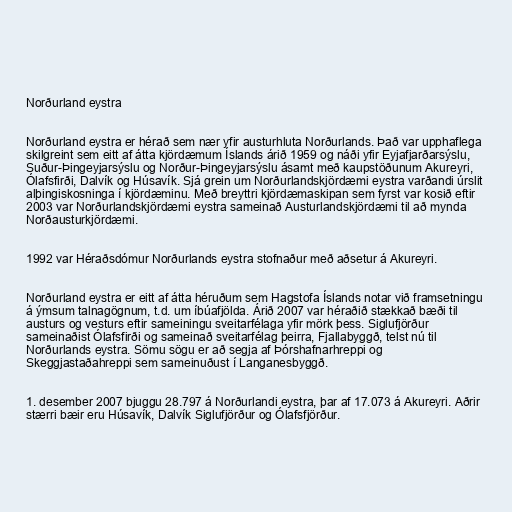
Norðurland eystra

Norðurland eystra er hérað sem nær yfir austurhluta Norðurlands. Það var upphaflega
skilgreint sem eitt af átta kjördæmum Íslands árið 1959 og náði yfir Eyjafjarðarsýslu,
Suður-Þingeyjarsýslu og Norður-Þingeyjarsýslu ásamt með kaupstöðunum Akureyri,
Ólafsfirði, Dalvík og Húsavík. Sjá grein um Norðurlandskjördæmi eystra varðandi úrslit
alþingiskosninga í kjördæminu. Með breyttri kjördæmaskipan sem fyrst var kosið eftir
2003 var Norðurlandskjördæmi eystra sameinað Austurlandskjördæmi til að mynda
Norðausturkjördæmi.

1992 var Héraðsdómur Norðurlands eystra stofnaður með aðsetur á Akureyri.

Norðurland eystra er eitt af átta héruðum sem Hagstofa Íslands notar við framsetningu
á ýmsum talnagögnum, t.d. um íbúafjölda. Árið 2007 var héraðið stækkað bæði til
austurs og vesturs eftir sameiningu sveitarfélaga yfir mörk þess. Siglufjörður
sameinaðist Ólafsfirði og sameinað sveitarfélag þeirra, Fjallabyggð, telst nú til
Norðurlands eystra. Sömu sögu er að segja af Þórshafnarhreppi og
Skeggjastaðahreppi sem sameinuðust í Langanesbyggð.

1. desember 2007 bjuggu 28.797 á Norðurlandi eystra, þar af 17.073 á Akureyri. Aðrir
stærri bæir eru Húsavík, Dalvík Siglufjörður og Ólafsfjörður.